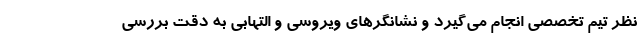
نظر تیم تخصصی انجام می‌گیرد و نشانگرهای ویروسی و التهابی به دقت بررسی